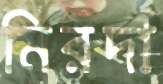
মিরদা